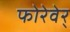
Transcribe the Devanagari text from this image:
फोरेवेर्